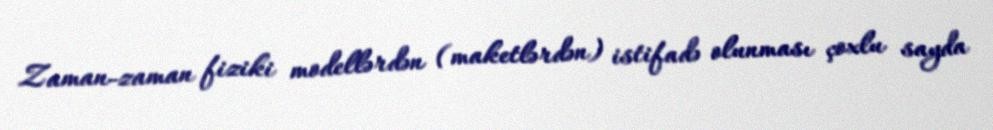
Zaman-zaman fiziki modellərdən (maketlərdən) istifadə olunması çoxlu sayda